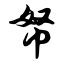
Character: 帑